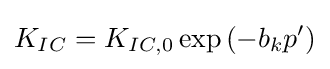
K_{IC}=K_{IC,0}\exp {(-b_{k}p')}